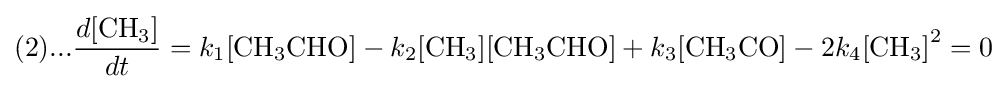
(2)...{\frac {d{\ce {[CH_3]}}}{dt}}=k_{1}{\ce {[CH3CHO]}}-k_{2}{\ce {[CH3]}}{\ce {[CH3CHO]}}+k_{3}{\ce {[CH3CO]}}-2k_{4}{\ce {[CH3]}}^{2}=0